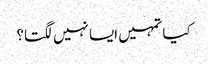
کیا تمہیں ایسا نہیں لگتا؟